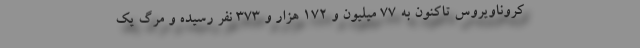
کروناویروس تاکنون به ۷۷ میلیون و ۱۷۲ هزار و ۳۷۳ نفر رسیده و مرگ یک